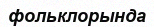
фольклорында